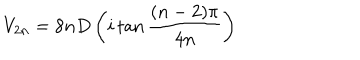
LaTeX: V _ { 2 n } = 8 n D \left( i \tan \frac { ( n - 2 ) \pi } { 4 n } \right)